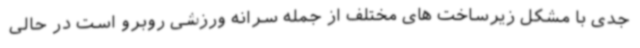
جدی با مشکل زیرساخت های مختلف از جمله سرانه ورزشی روبرو است در حالی